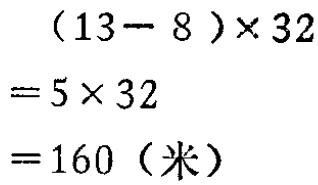
\((13 - 8)\times32\)

\(=5\times32\)

\(=160\)（米）